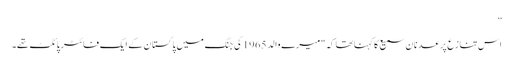
”
اس تنازع پر عدنان سمیع کا کہنا تھا کہ "میرے والد 1965 کی جنگ میں پاکستان کے ایک فائٹر پائلٹ تھے۔